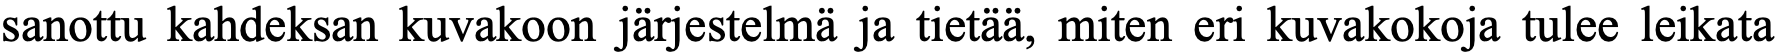
sanottu kahdeksan kuvakoon järjestelmä ja tietää, miten eri kuvakokoja tulee leikata